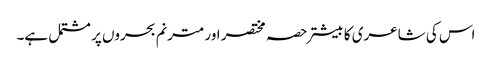
اس کی شاعری کا بیشتر حصہ مختصر اور مترنم بحروں پر مشتمل ہے۔